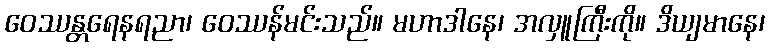
ဝေဿန္တရေနရညာ၊ ဝေဿန်မင်းသည်။ မဟာဒါနေ၊ အလှူကြီးကို။ ဒိယျမာနေ၊